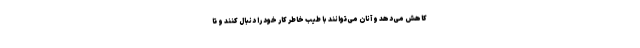
کاهش می‌دهد و آنان می‌توانند با طیب خاطر کار خود را دنبال کنند و تا